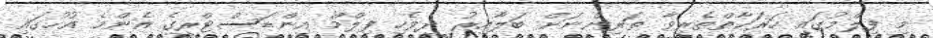
މި ފިލްމުގައި ހަރަކާތްތެރިވާ ތަރިންނަށް ބަލާއިރު ދިވެހި ފިލްމް އިންޑަސްޓްރީގެ އެންމެ އުހުގައި